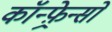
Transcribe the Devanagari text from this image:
कॉन्फ़्रेन्सों